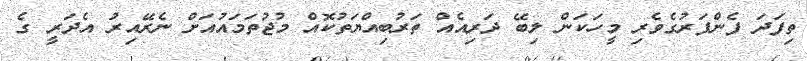
ތިފަދަ ފެންފަރުގެވެރި މީހަކަން ލިބޭ ދަރިއެއް ތަރުބިއްޔަތުކޮއް މުޖުތަމައުއަށް ނެރޭއިރު އެދަރީ ގެ